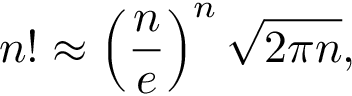
n ! \approx \left( { \frac { n } { e } } \right) ^ { n } { \sqrt { 2 \pi n } } ,